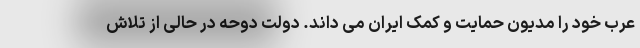
عرب خود را مدیون حمایت و کمک ایران می داند. دولت دوحه در حالی از تلاش